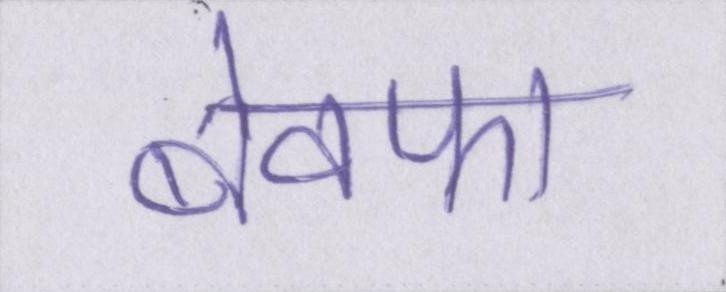
बेवफा